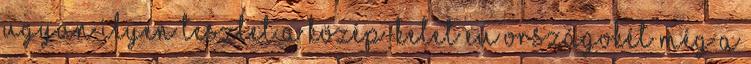
ugyan ilyen tesztet a közép-kelet eu országokét még a